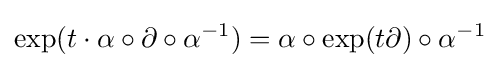
\exp(t\cdot \alpha \circ \partial \circ \alpha ^{-1})=\alpha \circ \exp(t\partial )\circ \alpha ^{-1}